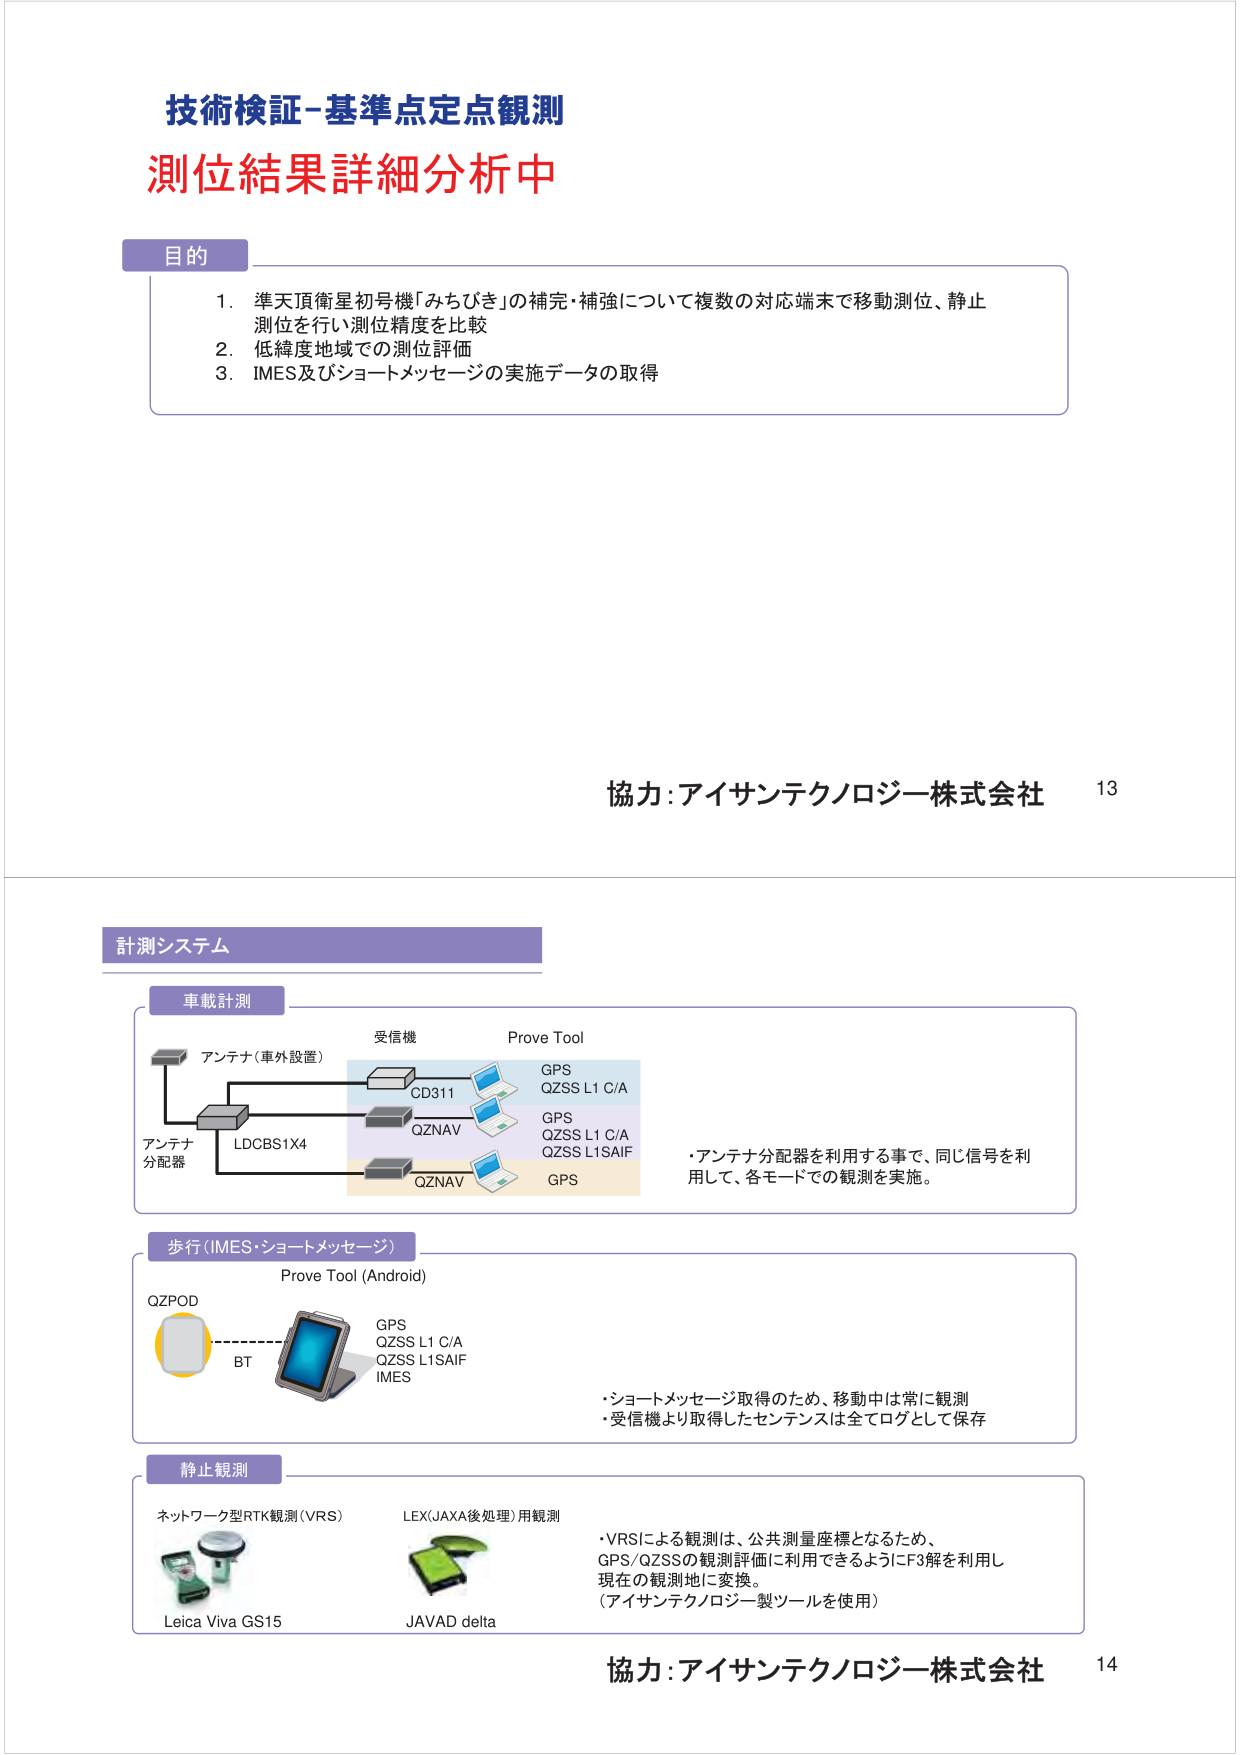
技術検証-基準点定点観測
測位結果詳細分析中

目的
1. 準天頂衛星初号機「みちびき」の補完・補強について複数の対応端末で移動測位、静止測位を行い測位精度を比較
2. 低緯度地域での測位評価
3. IMES及びショートメッセージの実施データの取得

協力：アイサンテクノロジー株式会社 13

計測システム

車載計測
受信機
Prove Tool
アンテナ（車外設置）
CD311
GPS
QZSS L1 C/A
アンテナ
分配器
LDCBS1X4
QZNAV
GPS
QZSS L1 C/A
QZSS L1SAIF
QZNAV
GPS
・アンテナ分配器を利用する事で、同じ信号を利用し、各モードでの観測を実施。

歩行（IMES・ショートメッセージ）
Prove Tool (Android)
QZPOD
BT
GPS
QZSS L1 C/A
QZSS L1SAIF
IMES
・ショートメッセージ取得のため、移動中は常に観測
・受信機より取得したセンテンスは全てログとして保存

静止観測
ネットワーク型RTK観測（VRS）
LEX（JAXA後処理）用観測
Leica Viva GS15
JAVAD delta
・VRSによる観測は、公共測量座標となるため、GPS/QZSSの観測評価に利用できるようにF3解を利用し現在の観測地に変換。
（アイサンテクノロジー製ツールを使用）

協力：アイサンテクノロジー株式会社 14